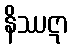
နိဿဋာ